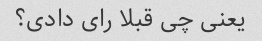
یعنی چی قبلا رای دادی؟